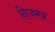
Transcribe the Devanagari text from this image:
निजमंत्र